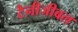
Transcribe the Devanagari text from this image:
टैनीजीबल